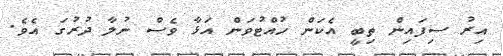
އިރު ސިފައިން ތިބީ އެކަން ހުއްޓުވަން އަޅާ ވެސް ނުލާ ދުރުގަ އެވެ.